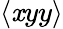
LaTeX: \langle\mathit{x}yy\rangle